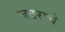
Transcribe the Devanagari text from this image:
जठराचे